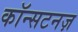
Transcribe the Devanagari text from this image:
कॉन्सटनज़